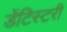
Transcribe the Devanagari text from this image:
डेंटिस्टरी